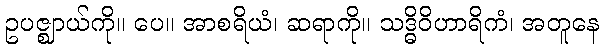
ဥပဇ္ဈာယ်ကို။ ပေ။ အာစရိယံ၊ ဆရာကို။ သဒ္ဓိဝိဟာရိကံ၊ အတူနေ